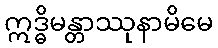
ဣဒ္ဓိမန္တာဿုနာမိမေ